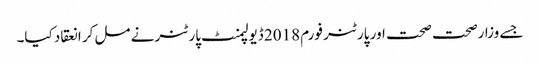
جسے وزارصحت صحت اور پارٹنر فورم 2018 ڈیولپمنٹ پارٹنر نے مل کر انعقاد کیا۔